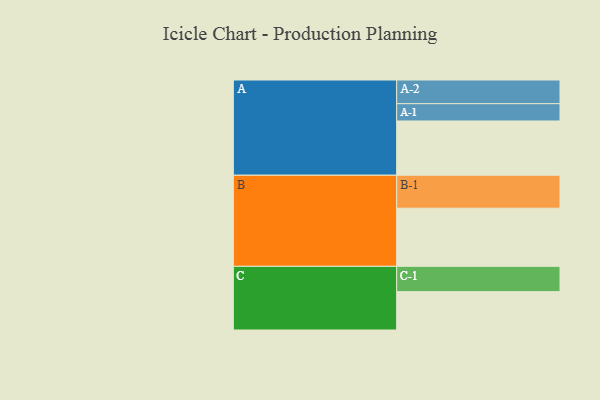
{"axis": {"x": "Segment", "y": "Value"}, "legend": ["", "A", "B", "C"], "data": [{"x": "A", "y": 433, "type": ""}, {"x": "B", "y": 464, "type": ""}, {"x": "C", "y": 306, "type": ""}, {"x": "A-1", "y": 138, "type": "A"}, {"x": "A-2", "y": 189, "type": "A"}, {"x": "B-1", "y": 263, "type": "B"}, {"x": "C-1", "y": 202, "type": "C"}]}